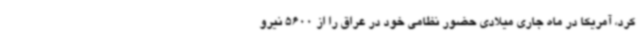
کرد، آمریکا در ماه جاری میلادی حضور نظامی خود در عراق را از 5600 نیرو